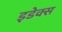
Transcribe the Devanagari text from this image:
इडेक्स